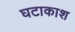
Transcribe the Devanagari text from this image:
घटाकाश